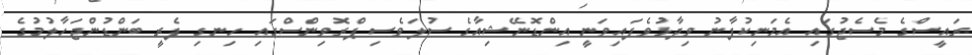
ރައީސްގެ މެސެޖުގައި އެމަނިކުފާނު ވިދާޅުވެފައިވަނީ އިންޑޮނޭޝިއާގެ ސުލަވެސި ޕްރޮވިންސްގައި ހިނގި ފެރީ ބަންޑުންޖަހާލުމުގެ